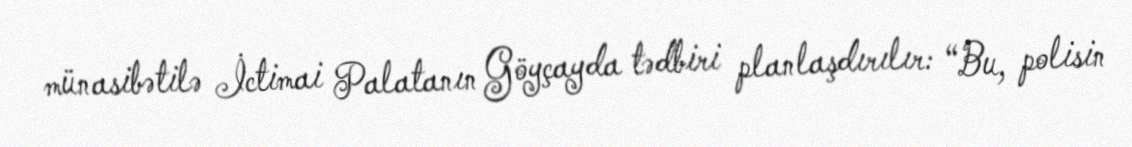
münasibətilə İctimai Palatanın Göyçayda tədbiri planlaşdırılır: “Bu, polisin